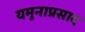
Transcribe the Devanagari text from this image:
यमुनाप्रसाद